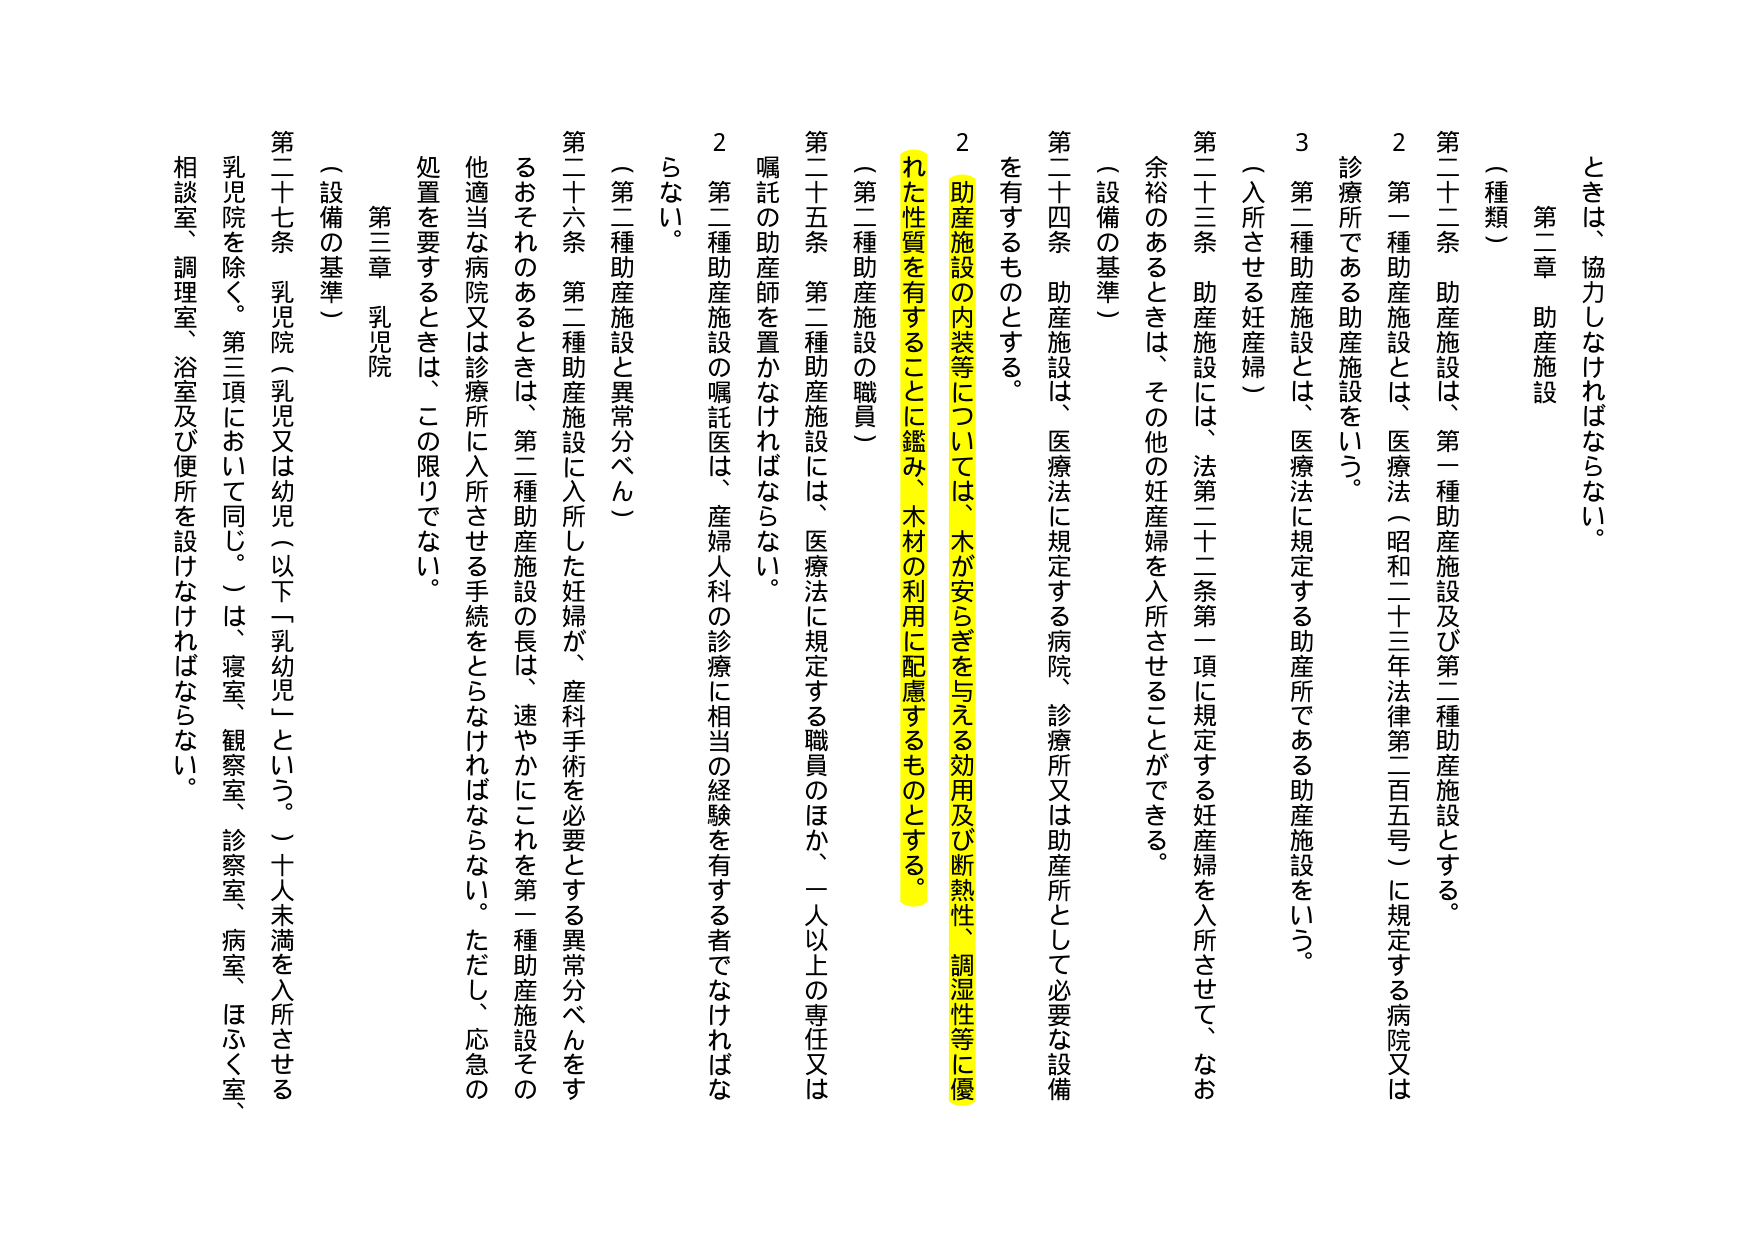
ときは、協力しなければならない。

第二章 助産施設

（種類）

第二十二条 助産施設は、第一種助産施設及び第二種助産施設とする。

２ 第一種助産施設とは、医療法（昭和二十三年法律第二百五号）に規定する病院又は診療所である助産施設をいう。

３ 第二種助産施設とは、医療法に規定する助産所である助産施設をいう。

（入所させる妊産婦）

第二十三条 助産施設には、法第二十二条第一項に規定する妊産婦を入所させて、なお余裕のあるときは、その他の妊産婦を入所させることができる。

（設備の基準）

第二十四条 助産施設は、医療法に規定する病院、診療所又は助産所として必要な設備を有するものとする。

２ 助産施設の内装等については、木が安らぎを与える効用及び断熱性、調湿性等に優れた性質を有することに鑑み、木材の利用に配慮するものとする。

（第二種助産施設の職員）

第二十五条 第二種助産施設には、医療法に規定する職員のほか、一人以上の専任又は嘱託の助産師を置かなければならない。

２ 第二種助産施設の嘱託医は、産婦人科の診療に相当の経験を有する者でなければならない。

（第二種助産施設と異常分べん）

第二十六条 第二種助産施設に入所した妊婦が、産科手術を必要とする異常分べんをするおそれのあるときは、第二種助産施設の長は、速やかにこれを第一種助産施設その他適当な病院又は診療所に入所させる手続をとらなければならない。ただし、応急の処置を要するときは、この限りでない。

第三章 乳児院

（設備の基準）

第二十七条 乳児院（乳児又は幼児（以下「乳幼児」という。）十人未満を入所させる乳児院を除く。第三項において同じ。）は、寝室、観察室、診察室、病室、ほふく室、相談室、調理室、浴室及び便所を設けなければならない。